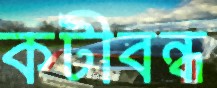
কটীবন্ধ